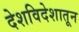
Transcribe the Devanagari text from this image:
देशविदेशातून